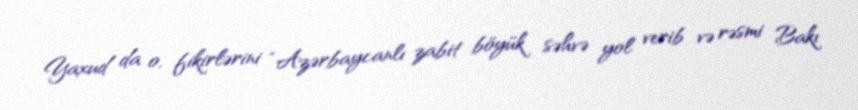
Yaxud da o, fikirlərini “Azərbaycanlı zabit böyük səhvə yol verib və rəsmi Bakı